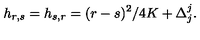
h _ { r , s } = h _ { s , r } = ( r - s ) ^ { 2 } / 4 K + \Delta _ { j } ^ { j } { } .